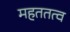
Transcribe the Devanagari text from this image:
महततत्व